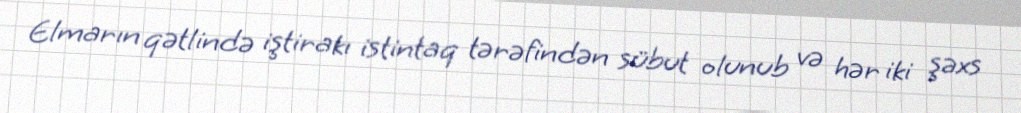
Elmarın qətlində iştirakı istintaq tərəfindən sübut olunub və hər iki şəxs